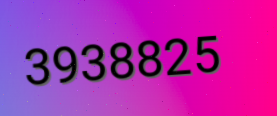
3938825